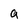
Character: a